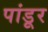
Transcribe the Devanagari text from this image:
पांडूर